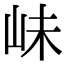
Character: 𡶎